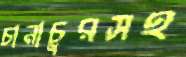
চানাচুরসহ